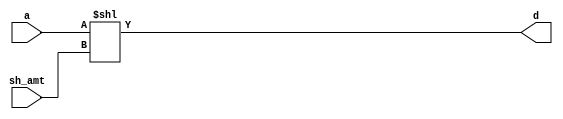
`timescale 1ns / 1ps
//////////////////////////////////////////////////////////////////////////////////
//
// Module: SHL
//
//////////////////////////////////////////////////////////////////////////////////

module SHL #(parameter DATAWIDTH = 64) (a, d, sh_amt);
   input [DATAWIDTH-1:0] a;
   input [DATAWIDTH-1:0] sh_amt;
   output reg [DATAWIDTH-1:0] d;
   
   always@(*) begin
           d <= (a << sh_amt);
       end
       
endmodule // SHL